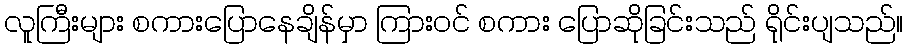
လူကြီးများ စကားပြောနေချိန်မှာ ကြားဝင် စကား ပြောဆိုခြင်းသည် ရိုင်းပျသည်။